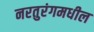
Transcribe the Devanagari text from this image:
नरतुरंगमधील